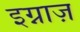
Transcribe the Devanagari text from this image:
इग्नाज़